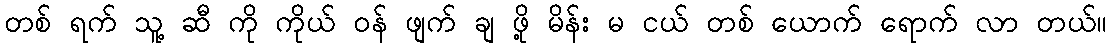
တစ် ရက် သူ့ ဆီ ကို ကိုယ် ဝန် ဖျက် ချ ဖို့ မိန်း မ ငယ် တစ် ယောက် ရောက် လာ တယ်။